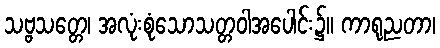
သဗ္ဗသတ္တေ၊ အလုံးစုံသောသတ္တဝါအပေါင်း၌။ ကာရုညတာ၊